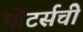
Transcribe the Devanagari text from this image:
मोटर्सची